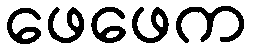
ဖေဖေက